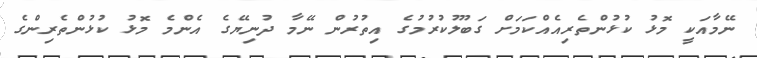
ނޭމާއަކީ މޮޅު ކުޅުންތެރިއެއްކަމަށް ގަބޫލުކުރުމުގެ އިތުރުން ނޭމާ ދުނިޔޭގެ އެންމެ މޮޅު ކުޅުންތެރިންގެ